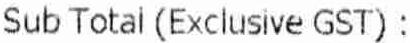
SUB TOTAL (EXCLUSIVE GST) :